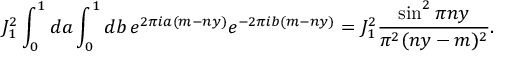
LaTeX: J _ { 1 } ^ { 2 } \int _ { 0 } ^ { 1 } d a \int _ { 0 } ^ { 1 } d b \, e ^ { 2 \pi i a ( m - n y ) } e ^ { - 2 \pi i b ( m - n y ) } = J _ { 1 } ^ { 2 } \frac { \sin ^ { 2 } \pi n y } { \pi ^ { 2 } ( n y - m ) ^ { 2 } } .